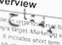
بمفتاح